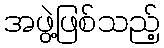
အဖွဲ့ဖြစ်သည့်